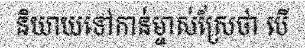
និយាយទៅកាន់ម្ចាស់ស្រែថា បើ